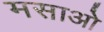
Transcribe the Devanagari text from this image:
मसाओ